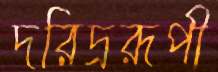
দরিদ্ররূপী